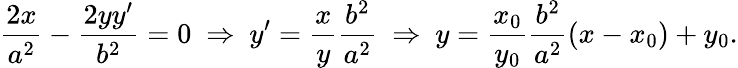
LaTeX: {\frac{2x}{a^{2}}}-{\frac{2yy^{\prime}}{b^{2}}}=0\ \Rightarrow\ y^{\prime}={\frac{x}{y}}{\frac{b^{2}}{a^{2}}}\ \Rightarrow\ y={\frac{x_{0}}{y_{0}}}{\frac{b^{2}}{a^{2}}}(x-x_{0})+y_{0}.